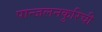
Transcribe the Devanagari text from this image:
पान्जलनकुरिची